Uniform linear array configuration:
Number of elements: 12
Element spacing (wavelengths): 0.25
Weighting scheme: binomial
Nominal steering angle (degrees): -60
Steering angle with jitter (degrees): -58.401
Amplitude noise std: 0.05
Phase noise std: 0.05

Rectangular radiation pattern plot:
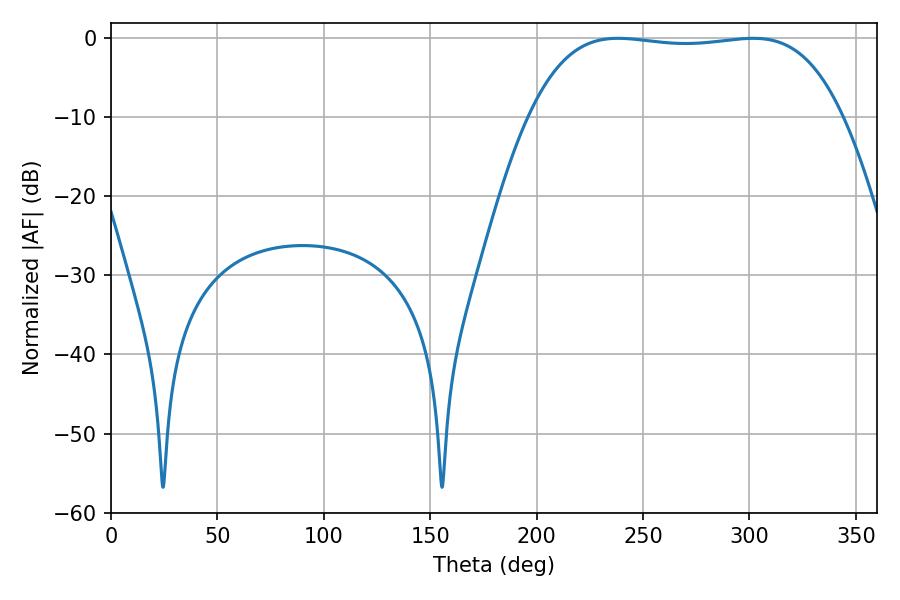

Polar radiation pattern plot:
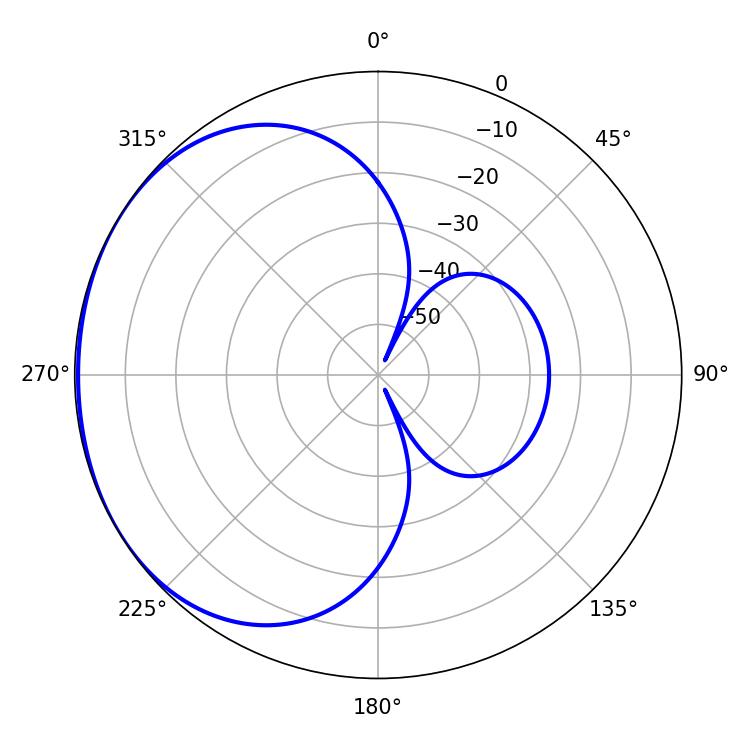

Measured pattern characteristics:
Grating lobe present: FALSE
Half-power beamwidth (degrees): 115.56
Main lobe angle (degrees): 238.32